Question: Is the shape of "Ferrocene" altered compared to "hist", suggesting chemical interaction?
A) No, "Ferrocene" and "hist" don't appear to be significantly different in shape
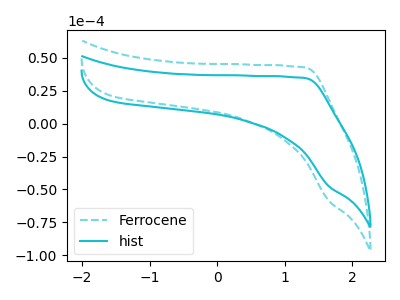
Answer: <think>The cyan dashed curve "Ferrocene" has no peaks. The cyan curve "hist" has no peaks.
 Neither "Ferrocene" or "hist" have any peaks.</think>
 <answer>A) No, "Ferrocene" and "hist" don't appear to be significantly different in shape</answer>
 <eval>A</eval>